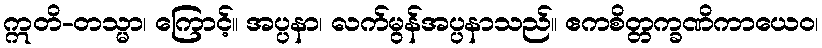
ဣတိ-တသ္မာ၊ ကြောင့်။ အပ္ပနာ၊ လက်မွန်အပ္ပနာသည်။ ဧကစိတ္တက္ခဏိကာယေဝ၊